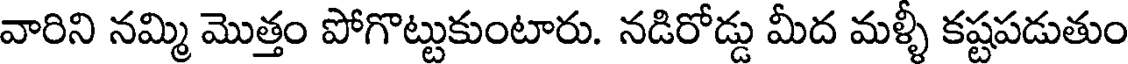
వారిని నమ్మి మొత్తం పోగొట్టుకుంటారు. నడిరోడ్డు మీద మళ్ళీ కష్టపడుతుం